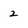
Character: 2